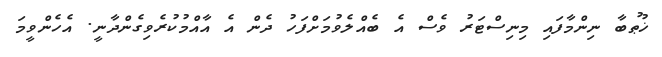
ޚުޠުބާ ނިންމާފައި މިނިސްޓަރު ވެސް އެ ބެއްލެވުމަށްފަހު ދެން އެ އާއްމުކުރެވިގެންދާނީ. އެހެންވީމަ